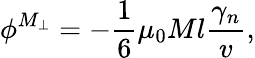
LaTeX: \phi^{M_{\perp}}=-{\frac{1}{6}}\mu_{0}Ml{\frac{\gamma_{n}}{v}},